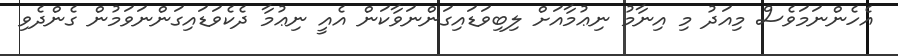
އެހެންނަމަވެސް މިއަދު މި އިނާމު ނިޢުމާއަށް ލިބިވަޑައިގަންނަވާކަން އެއީ ނިޢުމާ ދެކެވަޑައިގަންނަވަމުން ގެންދެވި